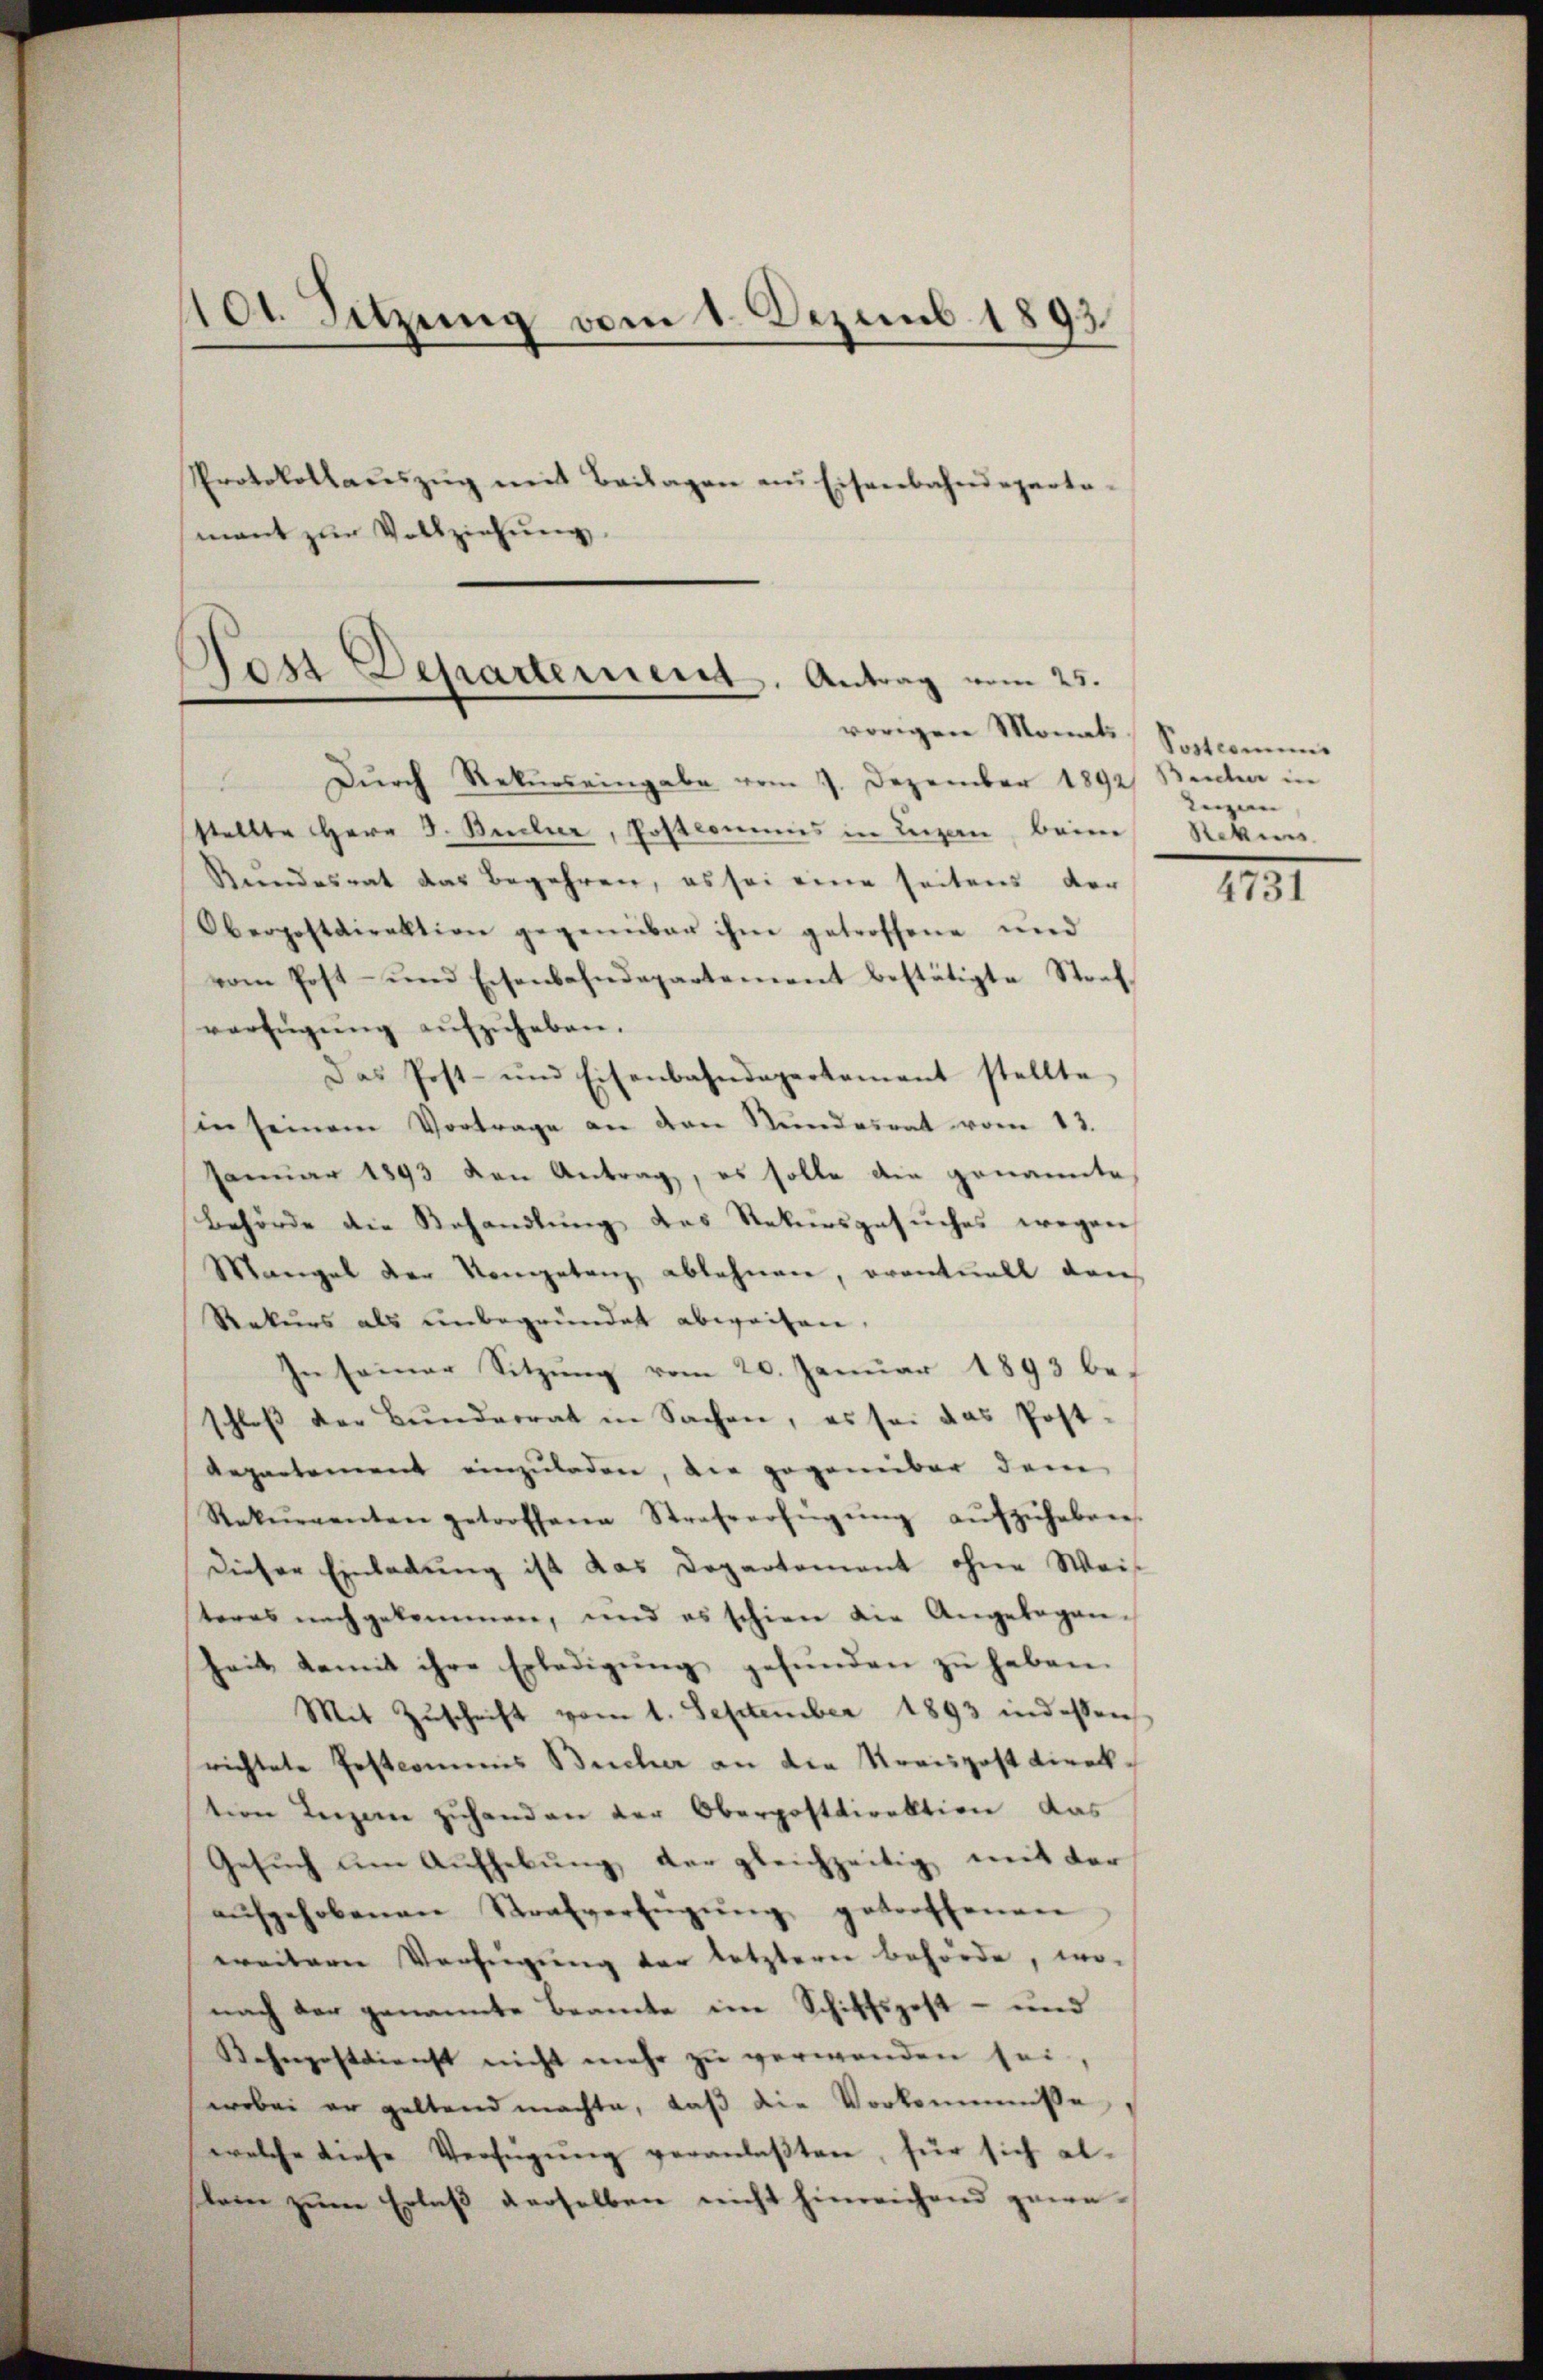
101. Sitzung vom 1. Dezemb. 1892
Protokollaŭszŭg mit Beilagen an Eisenbahndeparta-
mant zur Vollziehung
Post Departement. Antrag vom 25.
vorigen Monats

Durch Rekurs eingabe vom 7. Dezember 1892) Beiden in
stellte Herr J. Bücher, Postcommis in Liegen beim Rekurs
Rundesrat das Begehren, es sei eine seitens der
Oberpostdirektion gegenüber ihm getroffene und
vom Post- und Eisenbahndepartement bestätigte Strafverfügŭng aŭfzŭheben.
Das Post- und Eisenbahndepartement stellte,
in seinem Vortrage an den Stŭndesrat vom 13.
Januar 1893 den Antrag, es solle die genannte
Behörde die Behandlung des Rekursgesuches wegen
Mangel der Kompetenz ablehnen, eventuell den
Rekurs als unbegründet abweisen,
In seiner Sitzŭng vom 20. Januar 1893 be-
schloß der Bŭnderrat in Sachen, es sei das Post-
Repartement einzuladen, die gegenüber dem
Rekŭrrenten getroffene Strafverfügŭng aŭfzŭheben.
dieser Einladŭng ist das Departement ohne Weis
teres nachgekommen, und es schien die Angelegen-
heit damit ihre Erledigŭng gefŭnden zŭ haben.
Mit Zŭschrift vom 1. September 1893 indessen
richtete Postcommis Bucher an die Kreispost Direktion Leigene zuhanden der Oberpostdirektion das
Gesuch um Aufhebung der gleichzeitig mit der
aŭfgehobenen Strafverfügŭng getroffenen
weitern Verfügung der letztern Behörde, wo-
nach der genannte Beamte im Schiffspost- und
Kehnpostdienst nicht mehr zŭ verwenden sei,
wobei er geltend machte, daß die Vorkommnisse
welche diese Verfügŭng veranlaßten, für sich altem zum Erlaß derselben nicht hinreichend gewe¬

Postcommis
legen

4731